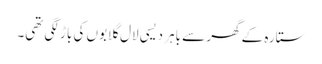
ستارہ کے گھر سے باہر دیسی لال گلابوں کی باڑ لگی تھی۔